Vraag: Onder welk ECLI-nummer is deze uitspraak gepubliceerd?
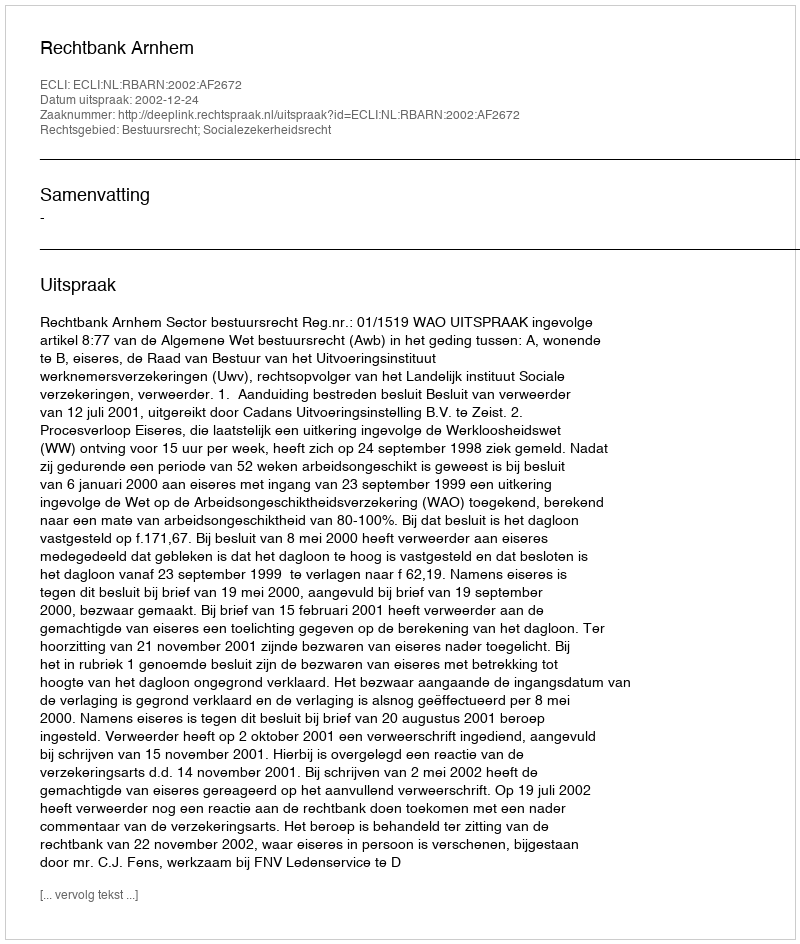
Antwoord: ECLI:NL:RBARN:2002:AF2672